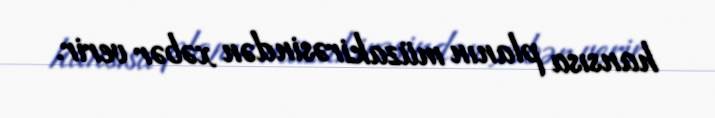
hansısa planın müzakirəsindən xəbər verir.